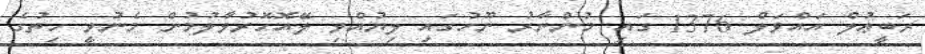
ރަބީޢުލް އައްވަލް 1376 ގައި މުންނާރު ނޫހުގައި ލިޔުއްވި ލޭއޮހޮރުވާލުމުން މެނުވީ ހިތުގެ